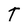
Character: T